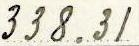
338.31